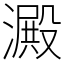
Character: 澱